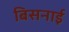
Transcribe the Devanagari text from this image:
बिसनाई